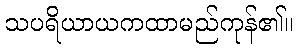
သပရိယာယကထာမည်ကုန်၏။